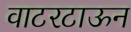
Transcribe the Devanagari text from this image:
वाटरटाऊन